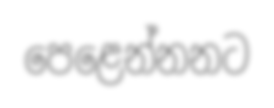
පෙළෙන්නනට